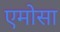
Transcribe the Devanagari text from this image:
एमोसा